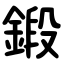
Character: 鍛